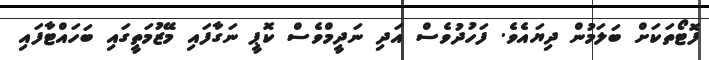
ފޮޓޯތަކަށް ބަލަމުން ދިޔައެވެ. ފަހުދުވެސް އަދި ނަދީމްވެސް ކޮޕީ ނަގާފައި މޭޒުމަތީގައި ބަހައްޓާފައި